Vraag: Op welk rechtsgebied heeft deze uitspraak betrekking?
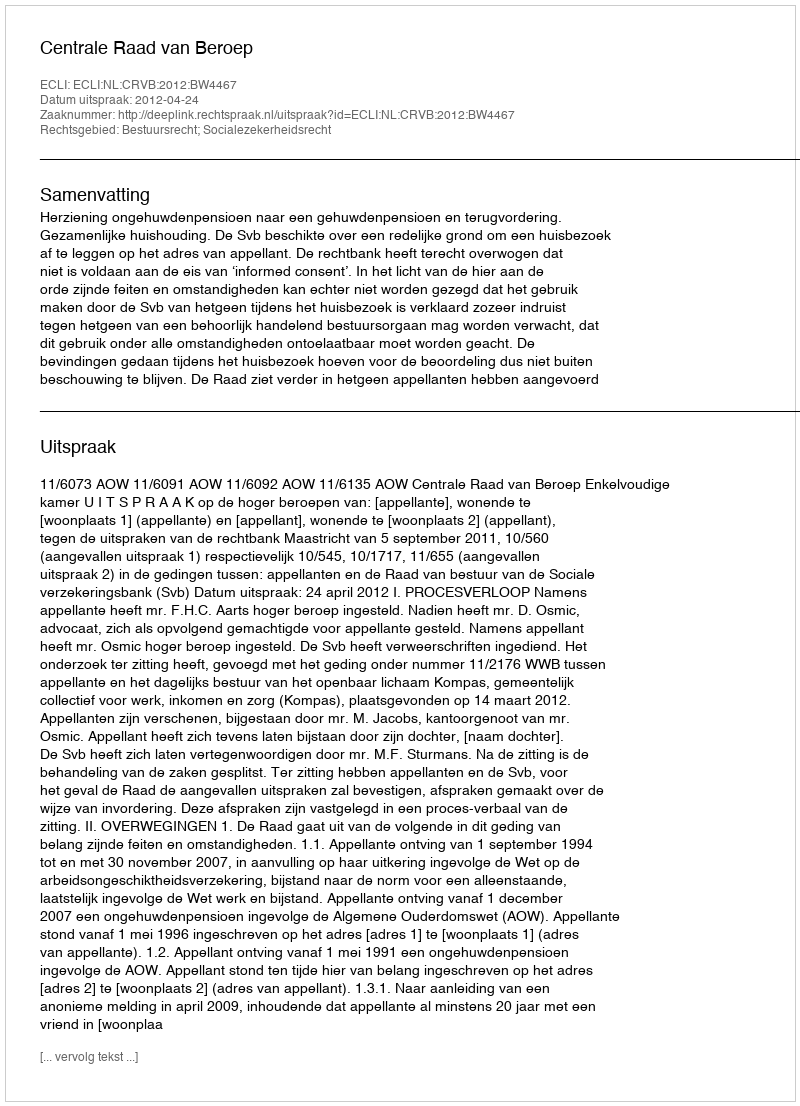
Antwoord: Bestuursrecht; Socialezekerheidsrecht